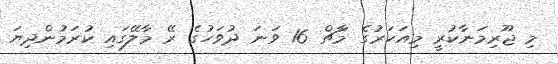
މި ޖޫރިމަނާކުރީ މިއަހަރުގެ މާޗް 16 ވަނަ ދުވަހުގެ ރޭ މާލޭގައި ކުރަމުންދިޔަ